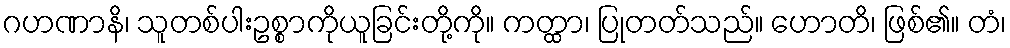
ဂဟဏာနိ၊ သူတစ်ပါးဥစ္စာကိုယူခြင်းတို့ကို။ ကတ္ထာ၊ ပြုတတ်သည်။ ဟောတိ၊ ဖြစ်၏။ တံ၊